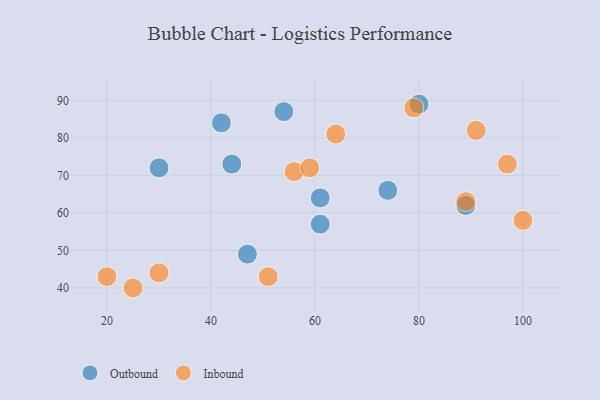
{"axis": {"x": "GDP", "y": "Life Expectancy"}, "legend": ["Inbound", "Outbound"], "data": [{"x": "61", "y": 64, "type": "Outbound"}, {"x": "44", "y": 73, "type": "Outbound"}, {"x": "30", "y": 72, "type": "Outbound"}, {"x": "42", "y": 84, "type": "Outbound"}, {"x": "61", "y": 57, "type": "Outbound"}, {"x": "47", "y": 49, "type": "Outbound"}, {"x": "80", "y": 89, "type": "Outbound"}, {"x": "74", "y": 66, "type": "Outbound"}, {"x": "89", "y": 62, "type": "Outbound"}, {"x": "54", "y": 87, "type": "Outbound"}, {"x": "97", "y": 73, "type": "Inbound"}, {"x": "30", "y": 44, "type": "Inbound"}, {"x": "51", "y": 43, "type": "Inbound"}, {"x": "25", "y": 40, "type": "Inbound"}, {"x": "100", "y": 58, "type": "Inbound"}, {"x": "64", "y": 81, "type": "Inbound"}, {"x": "20", "y": 43, "type": "Inbound"}, {"x": "89", "y": 63, "type": "Inbound"}, {"x": "91", "y": 82, "type": "Inbound"}, {"x": "56", "y": 71, "type": "Inbound"}, {"x": "79", "y": 88, "type": "Inbound"}, {"x": "59", "y": 72, "type": "Inbound"}]}